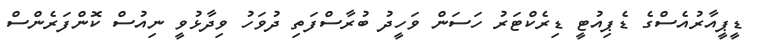
ޑީޕީއާރުއެސްގެ ޑެޕިއުޓީ ޑިރެކްޓަރު ހަސަން ވަހީދު ބުރާސްފަތި ދުވަހު ވިދާޅުވީ ނިއުސް ކޮންފަރެންސް